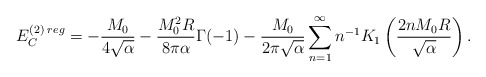
\begin{align*}E_C^{(2)\;reg}=-\frac{M_0}{4\sqrt{\alpha}}-\frac{M_0^2 R}{8\pi\alpha}\Gamma(-1)-\frac{M_0}{2\pi\sqrt{\alpha}}\sum\limits_{n=1}^{\infty}n^{-1}K_1\left(\frac{2n M_0 R}{\sqrt{\alpha}}\right).\end{align*}